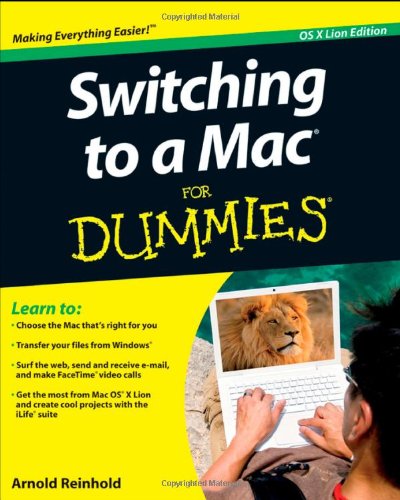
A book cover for Switching to a Mac For Dummies; Arnold Reinhold; Computers & Technology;